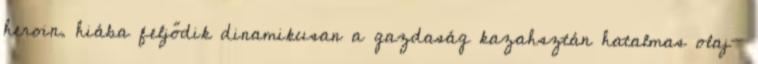
heroin. hiába feljődik dinamikusan a gazdaság kazahsztán hatalmas olaj-